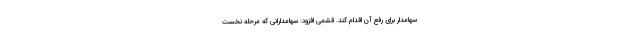
سهامدار برای رفع آن اقدام کند. قشمی افزود: سهامدارانی که مرحله نخست